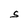
Character: S